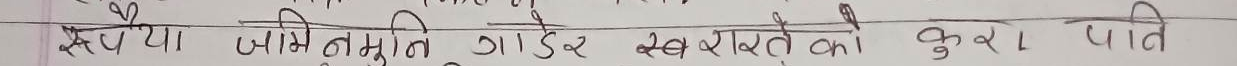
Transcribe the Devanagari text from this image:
पैसा जमिन्दृति गाइड खबरें को बुरा पाते